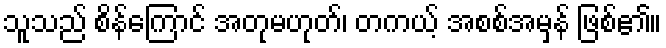
သူသည် စိန်ကြောင် အတုမဟုတ်၊ တကယ့် အစစ်အမှန် ဖြစ်၏။